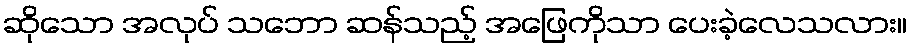
ဆိုသော အလုပ် သဘော ဆန်သည့် အဖြေကိုသာ ပေးခဲ့လေသလား။